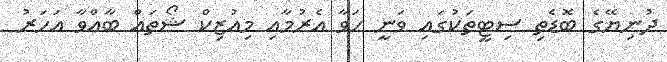
ދުނިޔޭގެ ބޮޑެތި ސިޓީތަކުގައި ވަނީ ހަވާ އެރުމާއި މިއުޒިކް ޝޯތައް ބާއްވާ އަހަރު